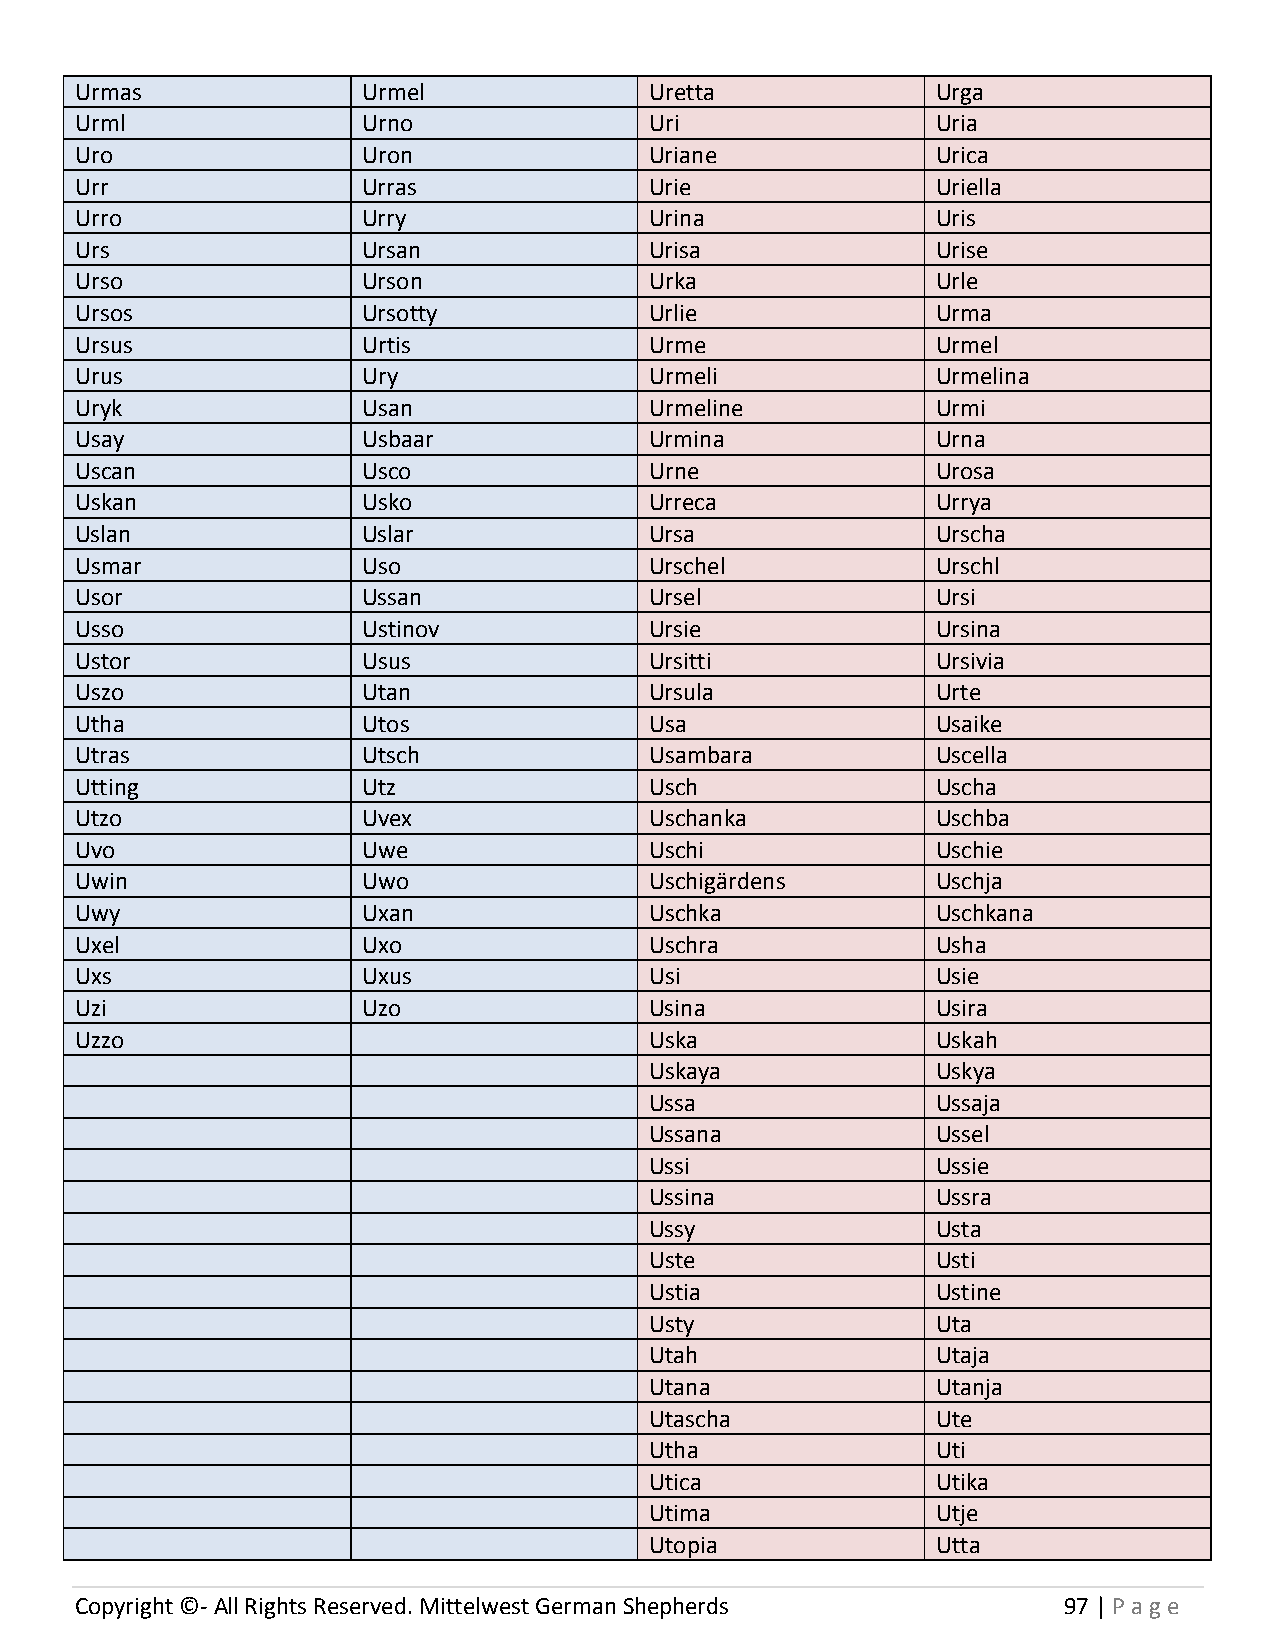
Urmas              Urmel              Uretta             Urga
 Urml               Urno               Uri                Uria
 Uro                Uron               Uriane             Urica
 Urr                Urras              Urie               Uriella
 Urro               Urry               Urina              Uris
 Urs                Ursan              Urisa              Urise
 Urso               Urson              Urka               Urle
 Ursos              Ursotty            Urlie              Urma
 Ursus              Urtis              Urme               Urmel
 Urus               Ury                Urmeli             Urmelina
 Uryk               Usan               Urmeline           Urmi
 Usay               Usbaar             Urmina             Urna
 Uscan              Usco               Urne               Urosa
 Uskan              Usko               Urreca             Urrya
 Uslan              Uslar              Ursa               Urscha
 Usmar              Uso                Urschel            Urschl
 Usor               Ussan              Ursel              Ursi
 Usso               Ustinov            Ursie              Ursina
 Ustor              Usus               Ursitti            Ursivia
 Uszo               Utan               Ursula             Urte
 Utha               Utos               Usa                Usaike
 Utras              Utsch              Usambara           Uscella
 Utting             Utz                Usch               Uscha
 Utzo               Uvex               Uschanka           Uschba
 Uvo                Uwe                Uschi              Uschie
 Uwin               Uwo                Uschigärdens       Uschja
 Uwy                Uxan               Uschka             Uschkana
 Uxel               Uxo                Uschra             Usha
 Uxs                Uxus               Usi                Usie
 Uzi                Uzo                Usina              Usira
 Uzzo                                  Uska               Uskah
 Uskaya             Uskya
 Ussa               Ussaja
 Ussana             Ussel
 Ussi               Ussie
 Ussina             Ussra
 Ussy               Usta
 Uste               Usti
 Ustia              Ustine
 Usty               Uta
 Utah               Utaja
 Utana              Utanja
 Utascha            Ute
 Utha               Uti
 Utica              Utika
 Utima              Utje
 Utopia             Utta
 Copyright ©- All Rights Reserved. Mittelwest German Shepherds    97 | P age